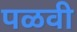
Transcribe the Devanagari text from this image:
पळवी